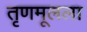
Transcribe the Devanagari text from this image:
तृणमूलला